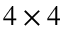
4 \times 4